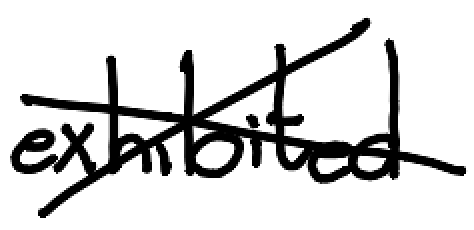
Text: exhibited
Cross-out: cross
Writing tool: digital_black